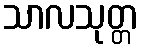
သာလသုတ္တ